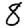
Digit: 8